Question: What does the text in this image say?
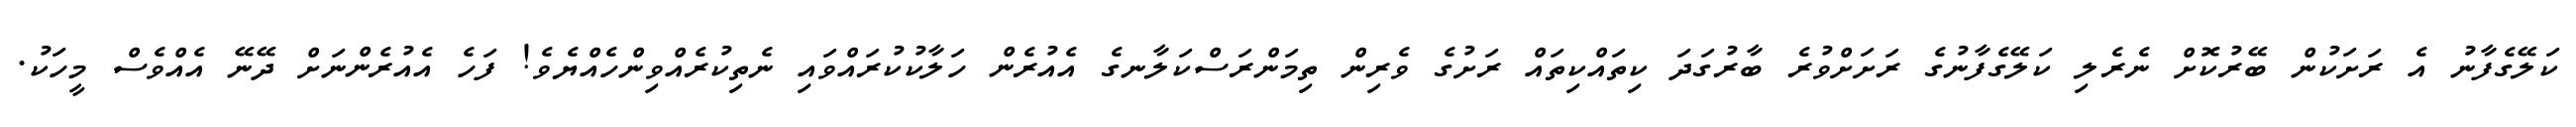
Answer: ކަލޭގެފާނު އެ ރަށަކުން ބޭރުކޮށް ނެރެލި ކަލޭގެފާނުގެ ރަށަށްވުރެ ބާރުގަދަ ކިތައްކިތައް ރަށުގެ ވެރިން ތިމަންރަސްކަލާނގެ އެއުރެން ހަލާކުކުރައްވައި ނެތިކުރެއްވިންހެއްޔެވެ! ފަހެ އެއުރެންނަށް ދޭނޭ އެއްވެސް މީހަކު.